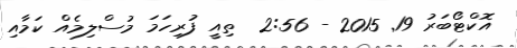
އޮކްޓޯބަރު 19